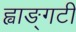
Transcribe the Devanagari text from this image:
ह्वाङ्‌गटी